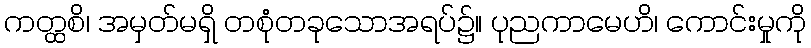
ကတ္ထစိ၊ အမှတ်မရှိ တစုံတခုသောအရပ်၌။ ပုညကာမေဟိ၊ ကောင်းမှုကို